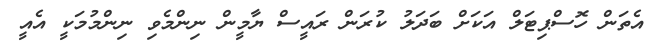
އެތަން ހޮސްޕިޓަލް އަކަށް ބަދަލު ކުރަން ރައީސް ޔާމީން ނިންމެވި ނިންމުމަކީ އެއީ